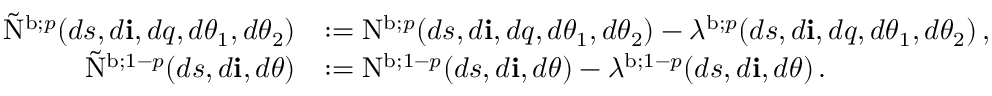
\begin{array} { r l } { \tilde { \mathrm { N } } ^ { \mathrm { b } ; p } ( d s , d \mathbf { i } , d q , d \theta _ { 1 } , d \theta _ { 2 } ) } & { : = \mathrm { N } ^ { \mathrm { b } ; p } ( d s , d \mathbf { i } , d q , d \theta _ { 1 } , d \theta _ { 2 } ) - \lambda ^ { \mathrm { b } ; p } ( d s , d \mathbf { i } , d q , d \theta _ { 1 } , d \theta _ { 2 } ) \, , } \\ { \tilde { \mathrm { N } } ^ { \mathrm { b } ; 1 - p } ( d s , d \mathbf { i } , d \theta ) } & { : = \mathrm { N } ^ { \mathrm { b } ; 1 - p } ( d s , d \mathbf { i } , d \theta ) - \lambda ^ { \mathrm { b } ; 1 - p } ( d s , d \mathbf { i } , d \theta ) \, . } \end{array}